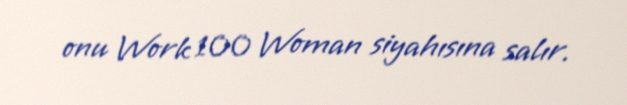
onu Work 100 Woman siyahısına salır.